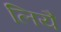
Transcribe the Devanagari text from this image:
लियै